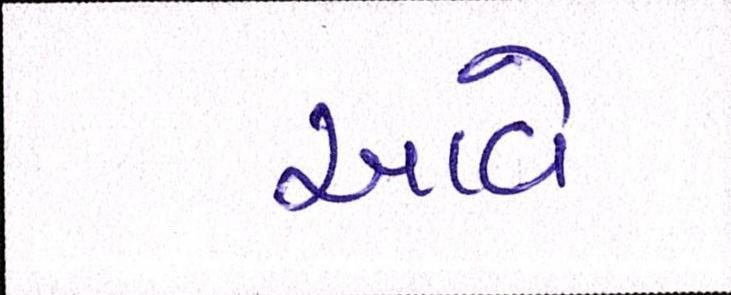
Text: આવે